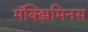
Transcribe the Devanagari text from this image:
मॅक्झिमिनस